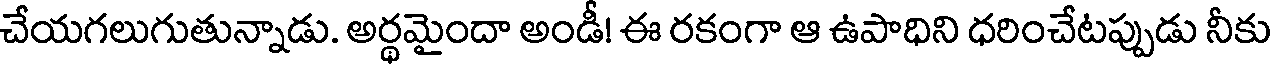
చేయగలుగుతున్నాడు. అర్థమైందా అండీ! ఈ రకంగా ఆ ఉపాధిని ధరించేటప్పుడు నీకు